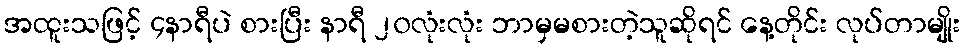
အထူးသဖြင့် ၄နာရီပဲ စားပြီး နာရီ ၂၀လုံးလုံး ဘာမှမစားတဲ့သူဆိုရင် နေ့တိုင်း လုပ်တာမျိုး